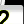
Digit: 2